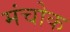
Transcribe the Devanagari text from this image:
मंचोक